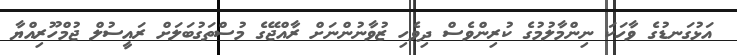
އަޅުގަނޑުގެ ވާހަކަ ނިންމާލުމުގެ ކުރިންވެސް ދިވެހި ޒުވާނުންނަށް ރާއްޖޭގެ މުސްތަގުބަލަށް ރައީސުލް ޖުމްހޫރިއްޔާ